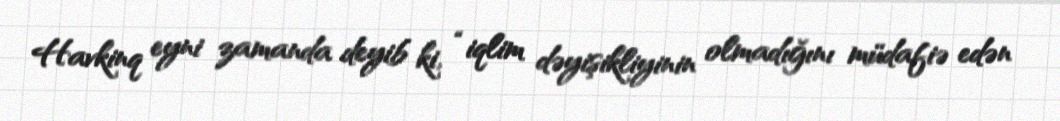
Havkinq eyni zamanda deyib ki, “iqlim dəyişikliyinin olmadığını müdafiə edən